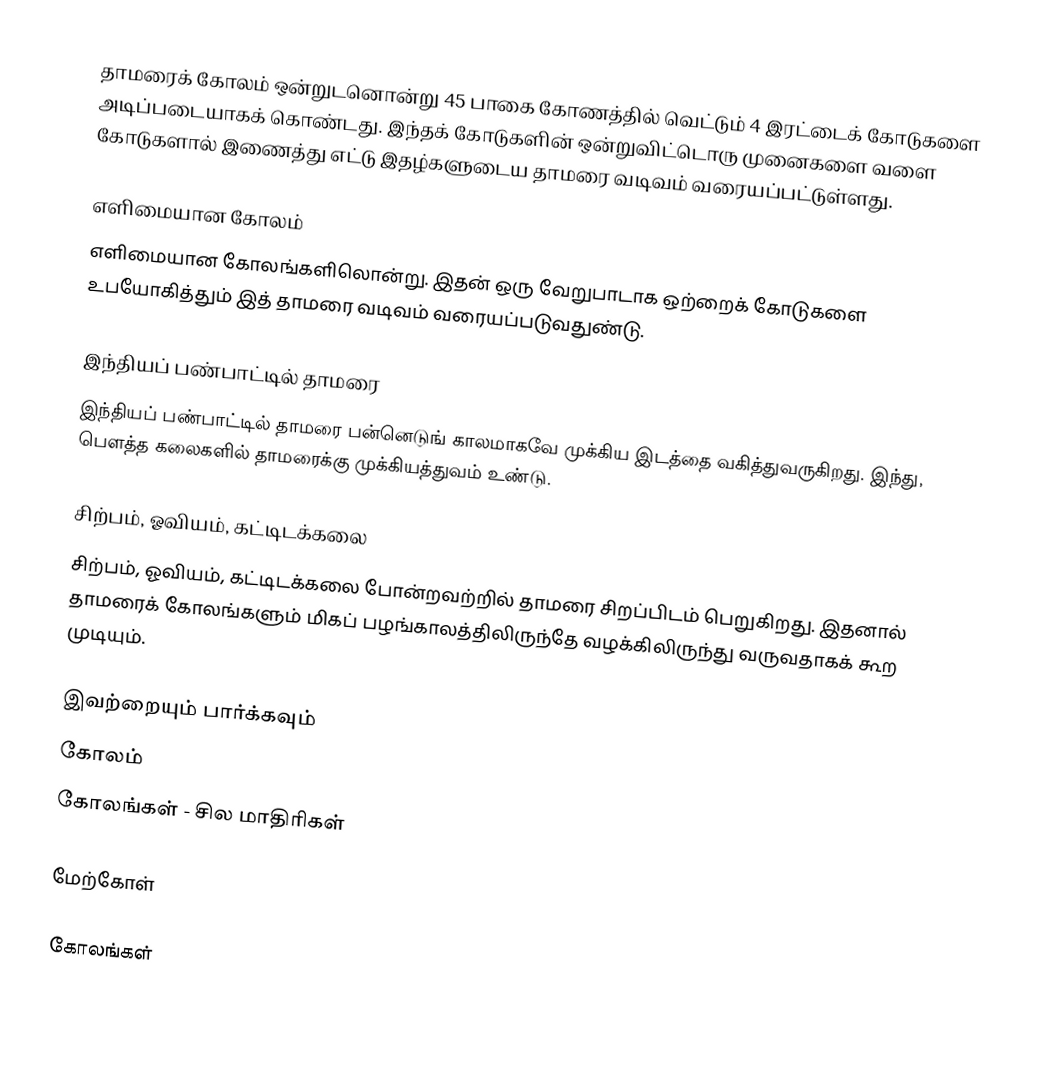
தாமரைக் கோலம் ஒன்றுடனொன்று 45 பாகை கோணத்தில் வெட்டும் 4 இரட்டைக் கோடுகளை அடிப்படையாகக் கொண்டது. இந்தக் கோடுகளின் ஒன்றுவிட்டொரு முனைகளை வளை கோடுகளால் இணைத்து எட்டு இதழ்களுடைய தாமரை வடிவம் வரையப்பட்டுள்ளது.

எளிமையான கோலம்
எளிமையான கோலங்களிலொன்று. இதன் ஒரு வேறுபாடாக ஒற்றைக் கோடுகளை உபயோகித்தும் இத் தாமரை வடிவம் வரையப்படுவதுண்டு.

இந்தியப் பண்பாட்டில் தாமரை
இந்தியப் பண்பாட்டில் தாமரை பன்னெடுங் காலமாகவே முக்கிய இடத்தை வகித்துவருகிறது. இந்து, பௌத்த கலைகளில் தாமரைக்கு முக்கியத்துவம் உண்டு.

சிற்பம், ஓவியம், கட்டிடக்கலை
சிற்பம், ஓவியம், கட்டிடக்கலை போன்றவற்றில் தாமரை சிறப்பிடம் பெறுகிறது. இதனால் தாமரைக் கோலங்களும் மிகப் பழங்காலத்திலிருந்தே வழக்கிலிருந்து வருவதாகக் கூற முடியும்.

இவற்றையும் பார்க்கவும்
 கோலம்
 கோலங்கள் - சில மாதிரிகள்

மேற்கோள்

கோலங்கள்